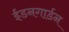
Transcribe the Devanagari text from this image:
ईडनगार्डन